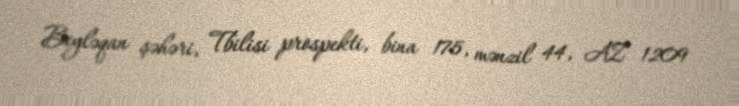
Beyləqan şəhəri, Tbilisi prospekti, bina 175, mənzil 44, AZ 1209